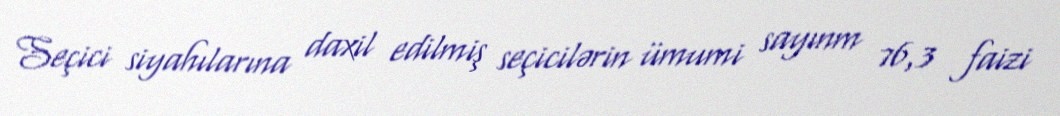
Seçici siyahılarına daxil edilmiş seçicilərin ümumi sayınm 76,3 faizi